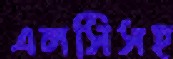
এলসিসহ